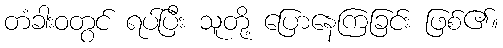
တံခါးဝတွင် ရပ်ပြီး သူတို့ ပြောနေကြခြင်း ဖြစ်၏။